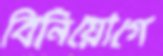
বিনিয়োগে